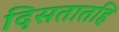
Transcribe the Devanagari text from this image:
दिसतातहि